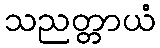
သညတ္တာယံ